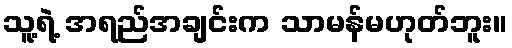
သူ့ရဲ့ အရည်အချင်းက သာမန်မဟုတ်ဘူး။